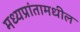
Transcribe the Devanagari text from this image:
मध्यप्रांतामधील